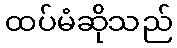
ထပ်မံဆိုသည်